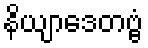
နိယျာဒေတဗ္ဗံ